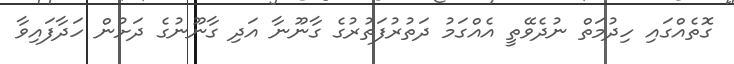
ގޮތެއްގައި ހިދުމަތް ނުދެވޭތީ އެއްގަމު ދަތުރުފަތުރުގެ ގާނޫނާ އަދި ގާނޫނުގެ ދަށުން ހަދާފައިވާ